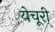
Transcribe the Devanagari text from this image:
येचूरी